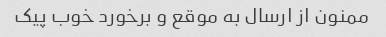
ممنون از ارسال به موقع و برخورد خوب پیک